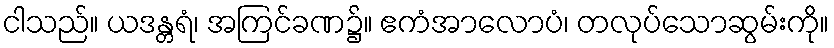
ငါသည်။ ယဒန္တရံ၊ အကြင်ခဏ၌။ ဧကံအာလောပံ၊ တလုပ်သောဆွမ်းကို။